Lunatic asylums Madras 1877-1891 - 1877-1891
Year: 1877
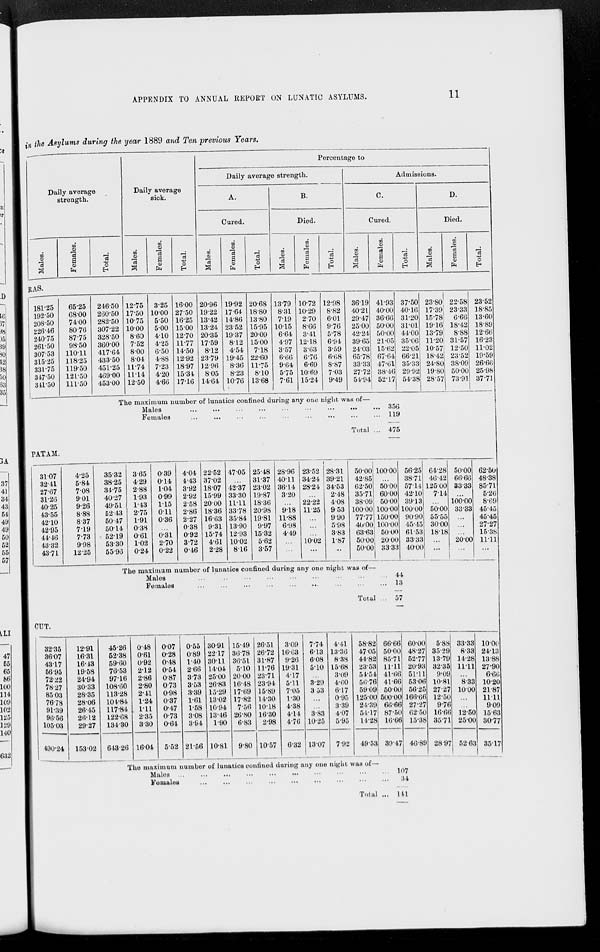
APPENDIX TO ANNUAL REPORT ON LUNATIC ASYLUMS.
11
in the Asylums during the year 1889 and Ten previous Years.
Daily average
strength.
Males.
Females.
Total.
Daily average
sick.
Males.
Females.
Total.
Percentage to
Daily average strength.
A.
Cured.
Males.
Females.
Total.
B.
Died.
Males.
Females.
Total.
Admissions.
C.
Cured.
Males.
Females.
Total.
D.
Died.
Males.
Females.
Total.
RAS.
181.25
192.50
208.50
226.46
240.75
261.50
307.53
315.25
331.75
347.50
341.50
65.25
68.00
74.00
80.76
87.75
98.50
110.11
118.25
119.50
121.50
111.50
246.50
260.50
282.50
307.22
328.50
360.00
417.64
433.50
451.25
469.00
453.00
12.75
17.50
10.75
10.00
8.60
7.52
8.00
8.04
11.74
11.14
12.50
3.25
10.00
5.50
5.00
4.10
4.25
6.50
4.88
7.23
4.20
4.66
16.00
27.50
16.25
15.00
12.70
11.77
14.50
12.92
18.97
15.34
17.16
20.96
19.22
13.42
13.24
20.35
17.59
8.12
23.79
12.96
8.05
14.64
19.92
17.64
14.86
23.52
19.37
8.12
4.54
19.45
8.36
8.23
10.76
20.68
18.80
13.80
15.95
20.09
15.00
7.18
22.60
11.75
8.10
13.68
13.79
8.31
7.19
10.15
6.64
4.97
3.57
6.66
9.64
5.75
7.61
10.72
10.29
2.70
8.66
3.41
12.18
3.63
6.76
6.69
10.69
15.24
12.98
8.82
6.01
9.76
5.78
6.94
3.59
6.68
8.87
7.03
9.49
36.19
40.21
29.47
25.00
42.24
39.65
24.03
65.78
33.33
27.72
54.94
41.93
40.00
36.66
50.00
50.00
21.05
15.62
67.64
47.61
38.46
52.17
37.50
40.16
31.20
31.01
44.00
35.06
22.05
66.21
35.33
29.92
54.38
23.80
17.39
15.78
19.16
13.79
11.20
10.57
18.42
24.80
19.80
28.57
22.58
23.33
6.66
18.42
8.88
31.57
12.50
23.52
38.09
50.00
73.91
23.52
18.85
13.60
18.89
12.66
16.23
11.02
19.59
26.66
25.98
37.71
The maximum number of lunatics confined during any one night was of—
Males
...
...
...
...
...
...
...
...
Females
...
...
...
...
...
...
...
...
...
Total ...
356
119
475
PATAM.
31.07
32.41
27.67
31.26
40.25
43.55
42.10
42.95
44.46
43.32
43.71
4.25
5.84
7.08
9.01
9.26
8.88
8.37
7.19
7.78
9.98
12.25
35.32
38.25
34.75
40.27
49.51
52.43
50.47
50.14
52.19
53.30
55.96
3.65
4.29
2.88
1.93
1.43
2.75
1.91
0.38
0.61
1.02
0.24
0.39
0.14
1.04
0.99
1.15
0.11
0.36
...
0.31
2.70
0.22
4.04
4.43
3.92
2.92
2.58
2.86
2.27
0.38
0.92
3.72
0.46
22.52
37.02
18.07
15.99
20.00
18.36
16.63
9.31
15.74
4.61
2.28
47.05
...
42.37
33.30
11.11
33.78
35.84
13.90
12.93
10.02
8.16
25.48
31.37
23.02
19.87
18.36
20.98
19.81
9.97
15.32
5.62
3.57
28.96
40.11
36.14
3.20
...
9.18
11.88
6.98
4.49
...
...
23.52
34.24
28.24
...
22.22
11.25
...
...
...
10.02
...
28.31
39.21
34.53
2.48
4.08
9.53
9.90
5.98
3.83
1.87
...
50.00
42.85
62.50
35.71
38.09
100.00
77.77
40.00
63.63
50.00
50.00
100.00
...
50.00
60.00
50.00
100.00
150.00
100.00
50.00
20.00
33.33
56.25
38.71
57.14
42.10
39.13
100.00
90.90
45.45
61.53
33.33
40.00
64.28
46.42
125.00
7.14
...
50.00
55.55
30.00
18.18
...
...
50.00
66.66
33.33
...
100.00
33.33
...
...
...
20.00
...
62.50
48.38
85.71
5.26
8.69
45.45
45.45
27.27
15.38
11.11
...
The maximum number of lunatics confined during any one night was of—
Males ... ... ... ... ... ... ... ...
Females
...
...
...
...
...
...
...
...
Total ...
44
13
57
CUT.
32.35
36.07
43.17
56.95
72.22
78.27
85.03
76.78
91.39
96.56
105.03
490.24
12.91
16.31
16.43
19.58
24.94
30.33
28.35
28.06
26.45
26.12
29.27
153.02
45.26
52.38
59.60
76.53
97.16
108.60
113.28
104.84
117.84
122.68
134.30
643.26
0.48
0.61
0.92
2.12
2.86
2.80
2.41
1.24
1.11
2.35
3.30
16.04
0.07
0.28
0.48
0.54
0.87
0.73
0.98
0.37
0.47
0.73
0.64
5.52
0.55
0.89
1.40
2.66
3.73
3.53
3.39
1.61
1.58
3.08
3.94
21.56
30.91
22.17
30.11
14.04
25.00
26.83
15.29
13.02
10.94
13.46
1.90
10.81
15.49
36.78
36.51
5.10
20.00
16.48
17.69
17.82
7.56
26.80
6.83
9.80
26.51
26.72
31.87
11.76
23.71
23.94
15.89
14.30
10.18
16.30
2.98
10.57
3.09
16.63
9.26
19.31
4.17
5.11
7.05
1.30
4.38
4.14
4.76
6.32
7.74
6.13
6.08
5.10
...
3.29
3.53
...
...
3.83
10.25
13.07
4.41
13.36
8.38
15.68
3.09
4.60
6.17
0.95
3.39
4.07
5.95
7.92
58.82
47.05
44.82
23.53
54.54
56.76
59.09
125.00
24.39
54.17
14.28
49.53
66.66
50.00
85.71
11.11
41.66
41.66
50.00
500.00
66.66
87.50
16.66
39.47
60.00
48.27
52.77
20.93
51.11
53.06
56.25
166.66
27.27
62.50
15.38
46.89
5.88
35.29
13.79
32.35
9.09
10.81
27.27
12.50
9.76
16.66
35.71
28.97
33.33
8.33
14.28
11.11
...
8.33
10.00
...
...
12.50
25.00
52.63
10.00
24.13
13.88
27.90
6.66
10.20
21.87
11.11
9.09
15.63
30.77
35.17
The maximum number of lunatics confined during any one night was of—
Males ... ... ... ... ... ... ... ... ... ... ...
Females ... ... ... ... ... ... ... ... ... ...
Total ...
107
34
141